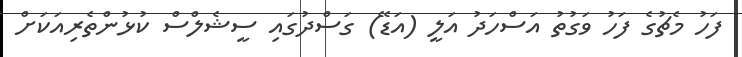
ފަހު މެޗުގެ ފަހު ވަގުތު އަސްހަދު އަލީ (އަޑޭ) ގަސްދުގައި ސީޝެލްސް ކުޅުންތެރިއަކަށް